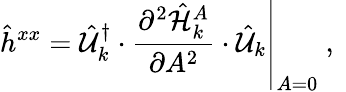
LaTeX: \hat{h}^{xx}=\left.\hat{\mathcal{U}}_{k}^{\dagger}\cdot\frac{\partial^{2}\hat{\mathcal{H}}_{k}^{A}}{\partial A^{2}}\cdot\hat{\mathcal{U}}_{k}\right\vert_{A=0}\mathrm{~,~}